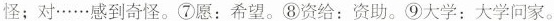
怪；对…感到奇怪。⑦愿：希望。⑧资给：资助。⑨大学：大学问家。